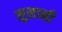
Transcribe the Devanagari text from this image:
सुसानी